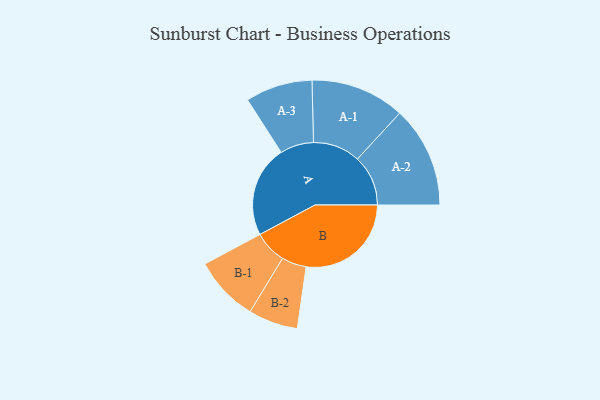
{"axis": {"x": "Segment", "y": "Value"}, "legend": ["", "A", "B"], "data": [{"x": "A", "y": 417, "type": ""}, {"x": "B", "y": 479, "type": ""}, {"x": "A-1", "y": 215, "type": "A"}, {"x": "A-2", "y": 231, "type": "A"}, {"x": "A-3", "y": 153, "type": "A"}, {"x": "B-1", "y": 149, "type": "B"}, {"x": "B-2", "y": 113, "type": "B"}]}